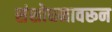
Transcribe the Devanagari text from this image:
संशोधनावरून